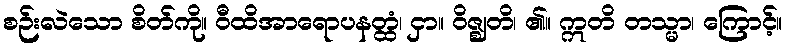
စဉ်းလဲသော စိတ်ကို။ ဝီထိအာရောပနတ္ထံ၊ ငှာ။ ဝိဇ္ဈတိ၊ ၏။ ဣတိ တသ္မာ၊ ကြောင့်။